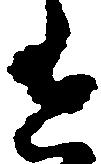
有